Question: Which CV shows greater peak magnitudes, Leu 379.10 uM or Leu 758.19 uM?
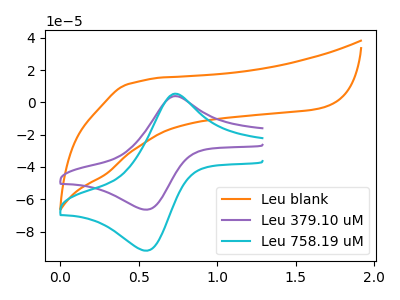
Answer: <think>The orange curve "Leu blank" has no peaks. The purple curve "Leu 379.10 uM" has an anodic peak at (0.75V, 3.90uA) and a cathodic peak at (0.55V, -66.50uA). The cyan curve "Leu 758.19 uM" has an anodic peak at (0.75V, 5.40uA) and a cathodic peak at (0.55V, -91.90uA).</think>
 <answer>Every peak in "Leu 379.10 uM" is lower than every peak in "Leu 758.19 uM".</answer>
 <eval>lower</eval>